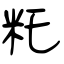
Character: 籷